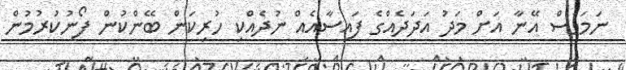
ނަމަވެސް އޭނާ އަށް މަދު އަދަދެއްގެ ފައިސާއެއް ނުދެއްކި ހުރިކަން ބޭންކުން ފޯނުކުރުމުން